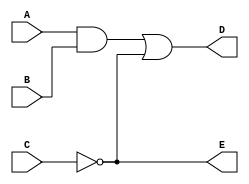
module Simple_Circuit(A,B,C,D,E);
output D,E;
input A,B,C;
wire w1;

and(w1,A,B);
not(E,C);
or(D,w1,E);
endmodule